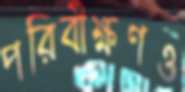
পরিবীক্ষণও